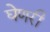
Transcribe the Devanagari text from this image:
घेणरी